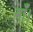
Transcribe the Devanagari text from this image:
माँ।